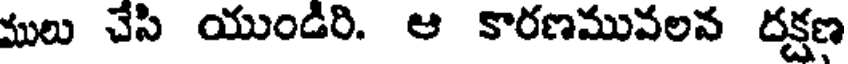
ములు చేసి యుండిరి. ఆ కారణమువలవ దక్షణ